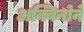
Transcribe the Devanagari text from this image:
अक्विनोने